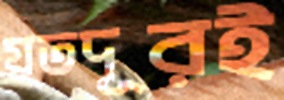
যতদূরই